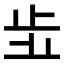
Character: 𣥗